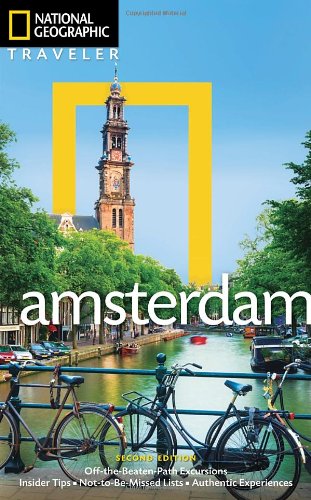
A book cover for National Geographic Traveler: Amsterdam, 2nd Edition; Christopher Catling; Travel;